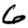
Digit: 6